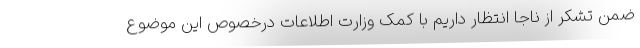
ضمن تشکر از ناجا انتظار داریم با کمک وزارت اطلاعات درخصوص این موضوع